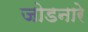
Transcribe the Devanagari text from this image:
जोडनारे